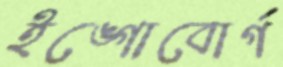
ইঙ্গোবোর্গ